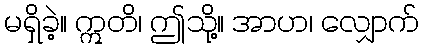
မရှိခဲ့။ ဣတိ၊ ဤသို့။ အာဟ၊ လျှောက်